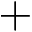
+